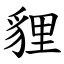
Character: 貍